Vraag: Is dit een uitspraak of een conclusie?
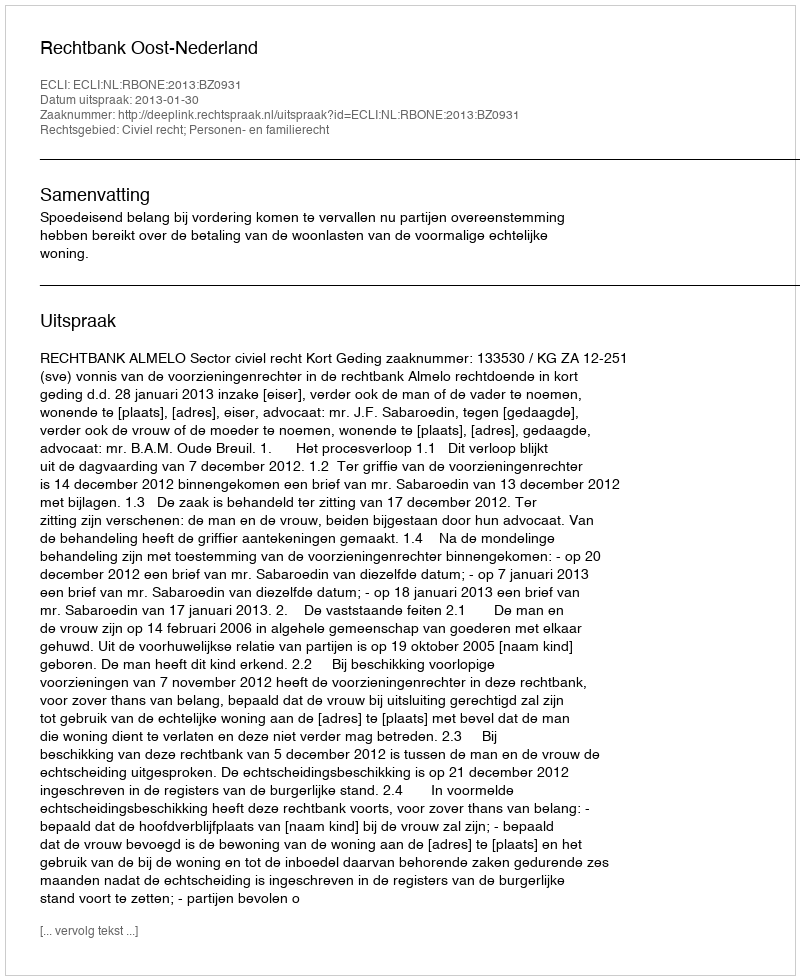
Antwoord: Uitspraak